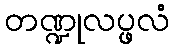
တဏ္ဍုလပ္ဖလံ